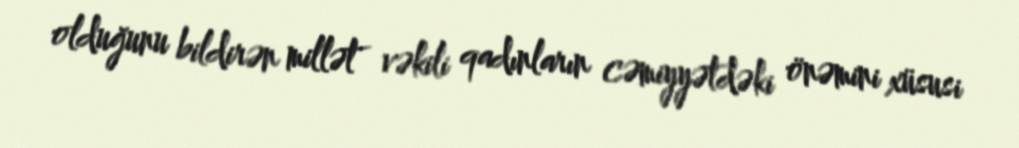
olduğunu bildirən millət vəkili qadınların cəmiyyətdəki önəmini xüsusi